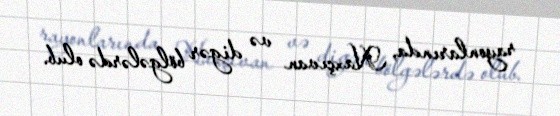
rayonlarında, Naxçıvan və digər bölgələrdə olub.